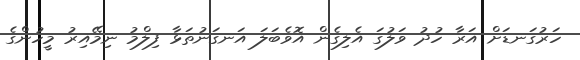
ހަރުގަނޑަށް އަރާ ހުދު ވަލުގަ އެލިގެން އޮވެބަލަ އަނގަނުތަޅާ ފިލްމު ނިމޭއިރު މީހުންގެ